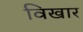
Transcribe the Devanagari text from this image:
विखार